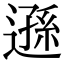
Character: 遜